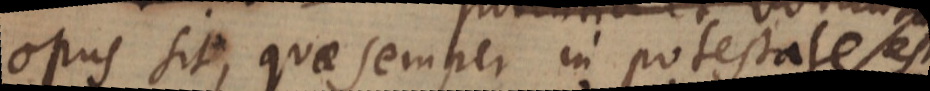
opus sit, quae semper in potestate est